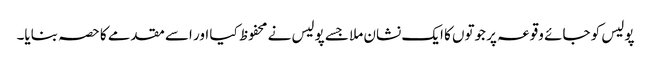
پولیس کو جائے وقوعہ پر جوتوں کا ایک نشان ملا جسے پولیس نے محفوظ کیا اور اسے مقدمے کا حصہ بنایا۔